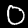
Digit: 0